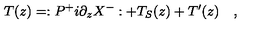
T ( z ) = : P ^ { + } i \partial _ { z } X ^ { - } : + T _ { S } ( z ) + T ^ { \prime } ( z ) \quad ,